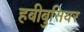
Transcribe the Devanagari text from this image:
हबीबुसियर